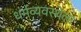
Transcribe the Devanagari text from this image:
धर्मव्यवस्थेला